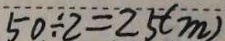
5 0 \div 2 = 2 5 ( m )